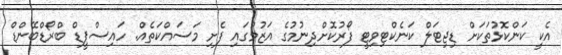
އެކީ ކަންކޮޅުތަކަށް ޑިޖިޓަލް ކަނެކްޓިވިޓީ ފޯރުކޮށްދިނުމުގެ އަޒުމުގައި ފެށި މަސައްކަތެއް. ހައިސްޕީޑް ބްރޯޑްބޭންޑް